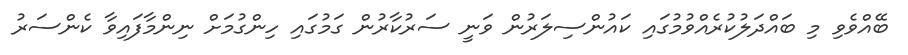
ބޭއްވެވި މި ބައްދަލުކުރެއްވުމުގައި ކައުންސިލަރުން ވަނީ ސަރުކާރުން ގަމުގައި ހިންގުމަށް ނިންމާފައިވާ ކެންސަރު